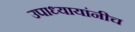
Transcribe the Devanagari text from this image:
उपाध्यायांनीच